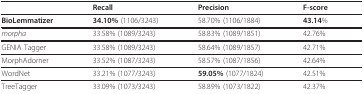
<table><thead><tr><td></td><td><b>Recall</b></td><td><b>Precision</b></td><td><b>F-score</b></td></tr></thead><tbody><tr><td><b>BioLemmatizer</b></td><td><b>34.10% </b>(1106/3243)</td><td>58.70% (1106/1884)</td><td><b>43.14</b>%</td></tr><tr><td><i>morpha</i></td><td>33.58% (1089/3243)</td><td>58.83% (1089/1851)</td><td>42.76%</td></tr><tr><td>GENIA Tagger</td><td>33.58% (1089/3243)</td><td>58.64% (1089/1857)</td><td>42.71%</td></tr><tr><td>MorphAdorner</td><td>33.52% (1087/3243)</td><td>58.57% (1087/1856)</td><td>42.64%</td></tr><tr><td>WordNet</td><td>33.21% (1077/3243)</td><td><b>59.05% </b>(1077/1824)</td><td>42.51%</td></tr><tr><td>TreeTagger</td><td>33.09% (1073/3243)</td><td>58.89% (1073/1822)</td><td>42.37%</td></tr></tbody></table>